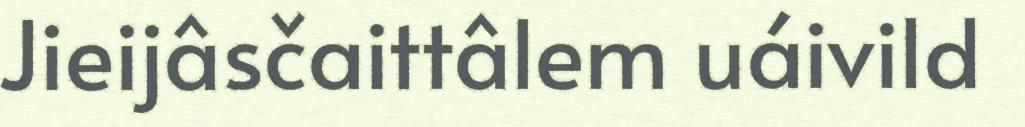
Jieijâsčaittâlem uáivild